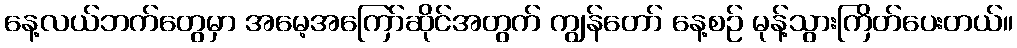
နေ့လယ်ဘက်တွေမှာ အမေ့အကြော်ဆိုင်အတွက် ကျွန်တော် နေ့စဉ် မုန့်သွားကြိတ်ပေးတယ်။